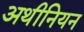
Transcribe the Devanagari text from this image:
अथीनियन